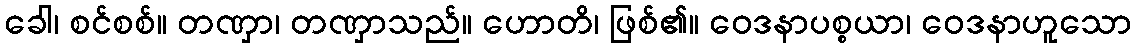
ခေါ၊ စင်စစ်။ တဏှာ၊ တဏှာသည်။ ဟောတိ၊ ဖြစ်၏။ ဝေဒနာပစ္စယာ၊ ဝေဒနာဟူသော